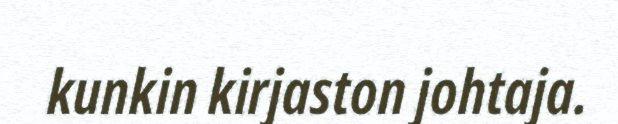
kunkin kirjaston johtaja.